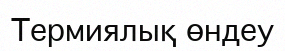
Термиялық өндеу